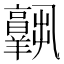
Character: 𦏧